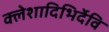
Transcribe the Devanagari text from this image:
क्लेशादिभिर्देवि